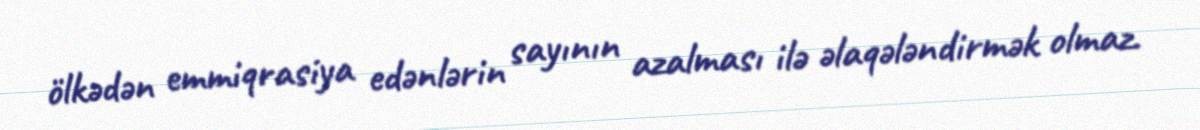
ölkədən emmiqrasiya edənlərin sayının azalması ilə əlaqələndirmək olmaz.